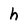
Character: h